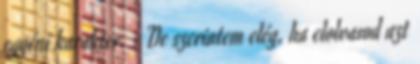
egyéni karakter. : De szerintem elég, ha elolvasod azt